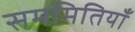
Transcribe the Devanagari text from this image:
सममितियाँ